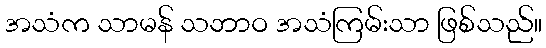
အသံက သာမန် သဘာဝ အသံကြမ်းသာ ဖြစ်သည်။